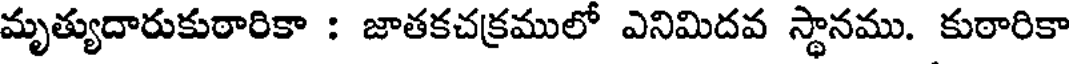
మృత్యుదారుకుఠారికా : జాతకచక్రములో ఎనిమిదవ స్థానము. కుఠారికా